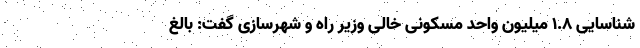
شناسایی ۱.۸ میلیون واحد مسکونی خالی وزیر راه‌ و شهرسازی گفت: بالغ